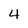
Character: 4